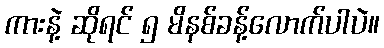
ကားနဲ့ ဆိုရင် ၅ မိနစ်ခန့်လောက်ပါပဲ။